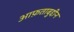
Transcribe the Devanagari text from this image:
आफ़ताबुद्दीन